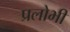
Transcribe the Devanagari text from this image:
प्रलोभी